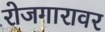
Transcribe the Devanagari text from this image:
रोजगारावर